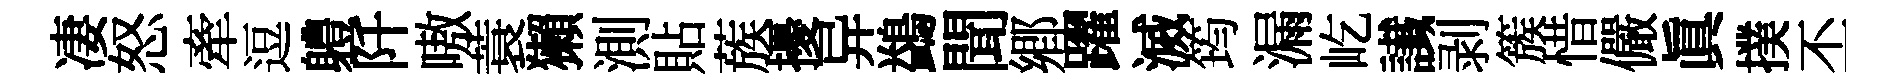
凄怒牽逗軆阡嗷蓑獺測貼蔟擾异鷁聞郷躍滅筠漏屹䜟剥簇惜儼眞撲丕